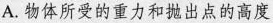
A.物体所受的重力和抛出点的高度